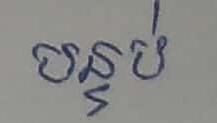
បន្ទប់